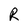
Character: R